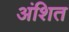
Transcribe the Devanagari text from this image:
अंशित